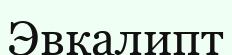
Эвкалипт